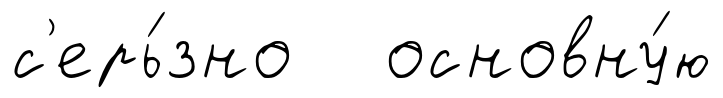
с'ерь́зно основну́ю